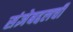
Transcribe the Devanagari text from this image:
संज्ञेबद्दलची